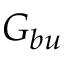
G _ { b u }